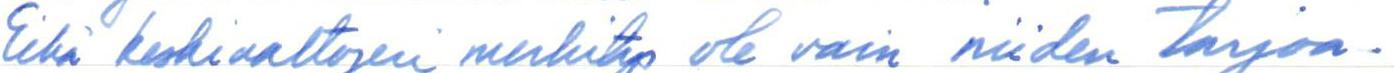
Eikä keskivaltojen merkitys ole vain niiden tarjoa-